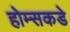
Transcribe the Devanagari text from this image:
होम्सकडे